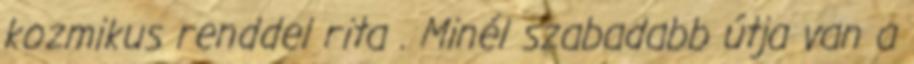
kozmikus renddel rita . Minél szabadabb útja van a